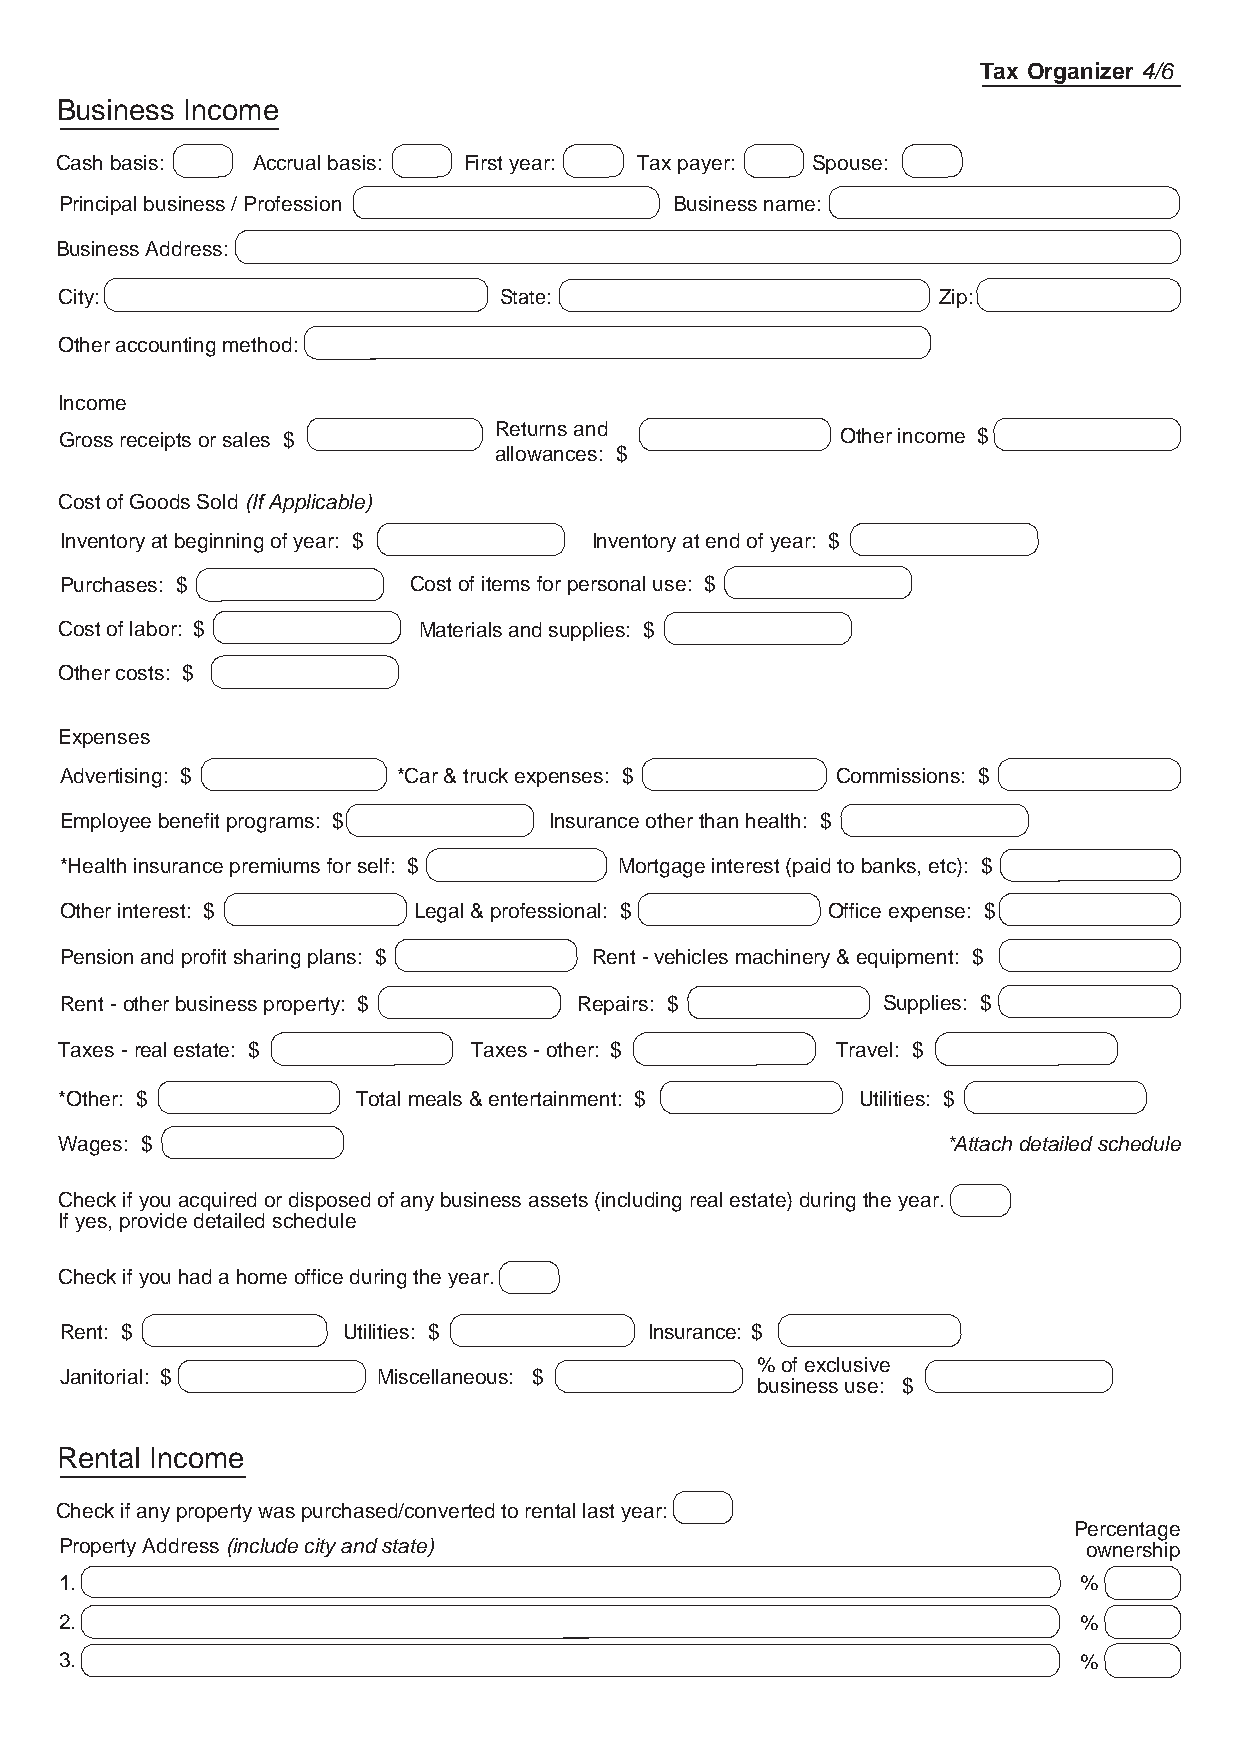
Tax Organizer 4/6
 Business Income
 Cash basis:  Accrual basis: First year: Tax payer: Spouse:
 Principal business / Profession          Business name:
 Business Address:
 City:                        State:                       Zip:
 Other accounting method:
 Income
 Returns and
 Gross receipts or sales $                           Other income $
 allowances: $
 Cost of Goods Sold (If Applicable)
 Inventory at beginning of year: $  Inventory at end of year: $
 Purchases: $           Cost of items for personal use: $
 Cost of labor: $        Materials and supplies: $
 Other costs: $
 Expenses
 Advertising: $        *Car & truck expenses: $     Commissions: $
 Employee benefit programs: $    Insurance other than health: $
 *Health insurance premiums for self: $ Mortgage interest (paid to banks, etc): $
 Other interest: $      Legal & professional: $     Office expense: $
 Pension and profit sharing plans: $ Rent - vehicles machinery & equipment: $
 Rent - other business property: $ Repairs: $          Supplies: $
 Taxes - real estate: $     Taxes - other: $        Travel: $
 *Other: $           Total meals & entertainment: $   Utilities: $
 Wages: $                                                   *Attach detailed schedule
 Check if you acquired or disposed of any business assets (including real estate) during the year.
 If yes, provide detailed schedule
 Check if you had a home office during the year.
 Rent: $            Utilities: $        Insurance: $
 % of exclusive
 Janitorial: $        Miscellaneous: $
 business use: $
 Rental Income
 Check if any property was purchased/converted to rental last year:
 Percentage
 Property Address (include city and state)                           ownership
 1.                                                                 %
 2.                                                                 %
 3.                                                                 %